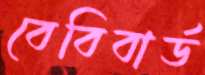
বেবিবার্ড